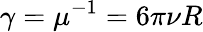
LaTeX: \gamma=\mu^{-1}=6\pi\nu R